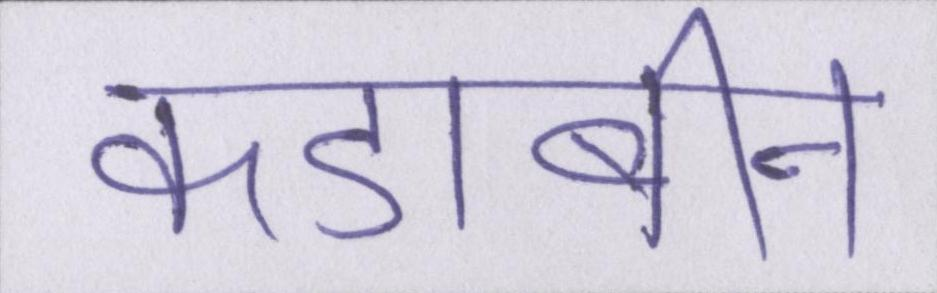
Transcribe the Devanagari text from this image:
कडाबीन